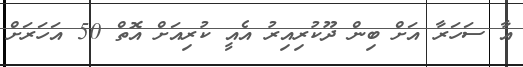
އާ ސަހަރާ އަށް ބިން ދޫކުރިއިރު އެއީ ކުރިއަށް އޮތް 50 އަހަރަށް